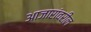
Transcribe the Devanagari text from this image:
आजारांवरील